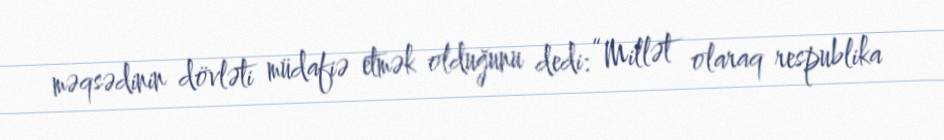
məqsədinin dövləti müdafiə etmək olduğunu dedi: “Millət olaraq respublika